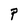
Character: P